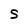
Character: S